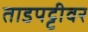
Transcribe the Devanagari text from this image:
ताडपट्टीवर